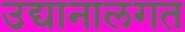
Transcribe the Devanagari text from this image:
उद्यानालगत